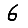
Digit: 6